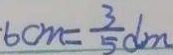
6 c m = \frac { 3 } { 5 } d m